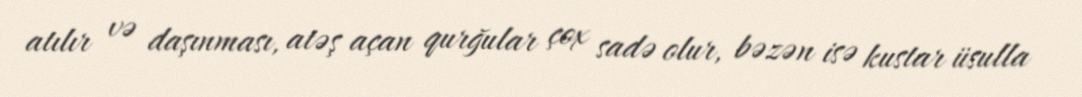
atılır və daşınması, atəş açan qurğular çox sadə olur, bəzən isə kustar üsulla